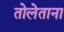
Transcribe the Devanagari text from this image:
तोलेताना